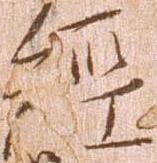
経